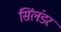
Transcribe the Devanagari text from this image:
सिंलंडर